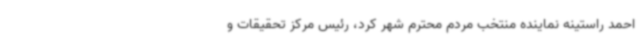
احمد راستینه نماینده منتخب مردم محترم شهر کرد، رئیس مرکز تحقیقات و